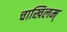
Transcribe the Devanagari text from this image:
चाखिलम्